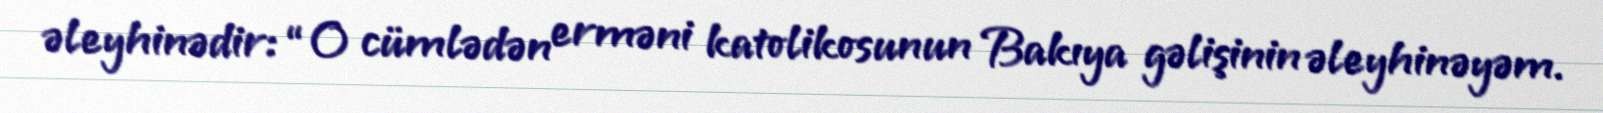
əleyhinədir: “O cümlədən erməni katolikosunun Bakıya gəlişinin əleyhinəyəm.